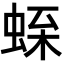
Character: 𧋝